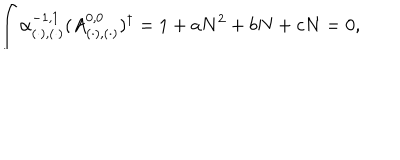
\int \alpha _ { ( \cdot ) , ( \cdot ) } ^ { - 1 , 1 } ( A _ { ( \cdot ) , ( \cdot ) } ^ { 0 , 0 } ) ^ { \dagger } = 1 + a N ^ { 2 } + b N + c N = 0 ,